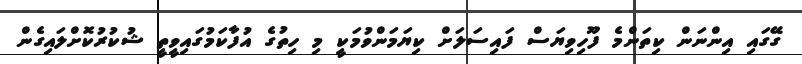
ގޭގައި އިންނަން ކިތަންމެ ފޫހިވިޔަސް ފައިސަލަށް ކިޔަމަންވުމަކީ މި ހިތުގެ އުފާކަމުގައިވީތީ ޝުކުރުކޮށްލައިގެން